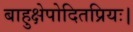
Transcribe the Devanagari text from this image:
बाहुक्षेपोदितप्रियः।